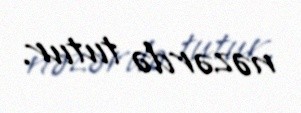
nəzərdə tutur.